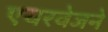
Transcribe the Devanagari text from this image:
एयरवेजने